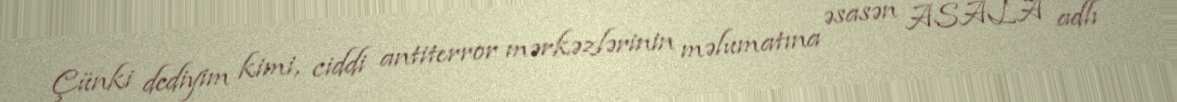
Çünki dediyim kimi, ciddi antiterror mərkəzlərinin məlumatına əsasən ASALA adlı